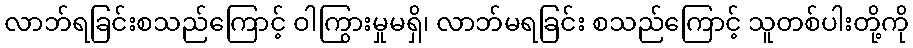
လာဘ်ရခြင်းစသည်ကြောင့် ဝါကြွားမှုမရှိ၊ လာဘ်မရခြင်း စသည်ကြောင့် သူတစ်ပါးတို့ကို